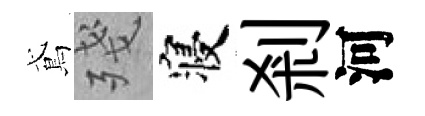
鳶殘寝剎河